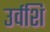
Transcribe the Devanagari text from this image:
उर्वशि